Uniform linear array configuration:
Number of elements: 16
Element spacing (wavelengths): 0.25
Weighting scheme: uniform
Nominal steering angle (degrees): -15
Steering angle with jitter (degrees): -16.107
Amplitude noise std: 0.05
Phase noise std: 0.05

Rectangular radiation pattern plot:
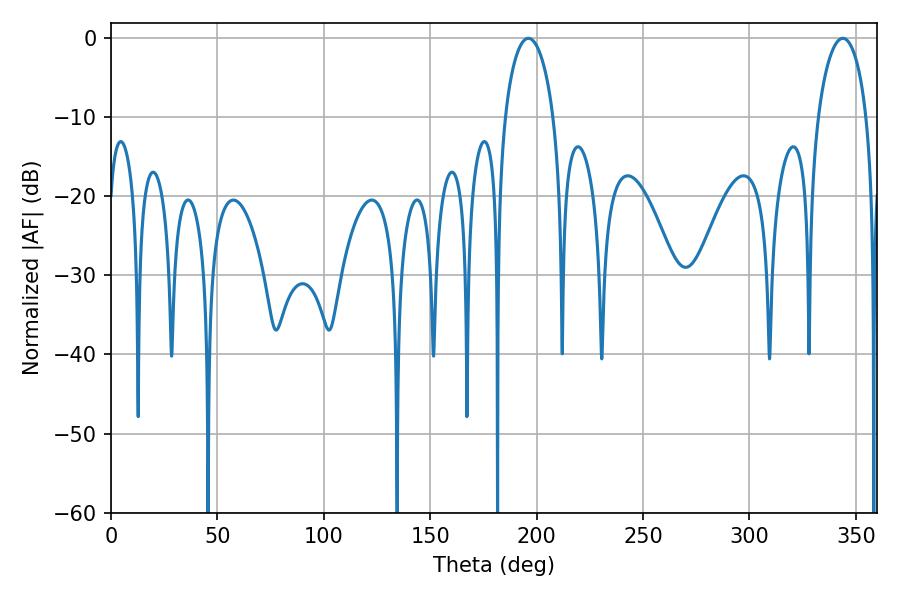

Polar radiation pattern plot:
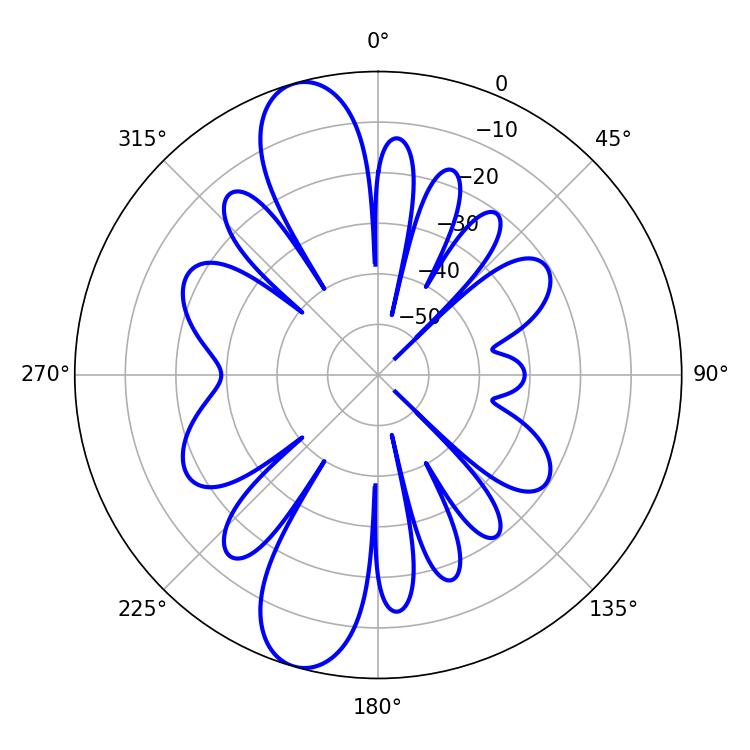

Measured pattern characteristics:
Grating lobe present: FALSE
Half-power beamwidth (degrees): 13.14
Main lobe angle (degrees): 196.2